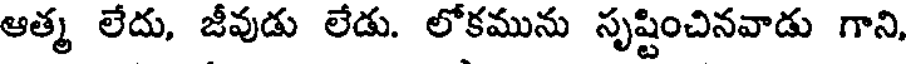
ఆత్మ లేదు, జీవుడు లేడు. లోకమును సృష్టించినవాడు గాని,